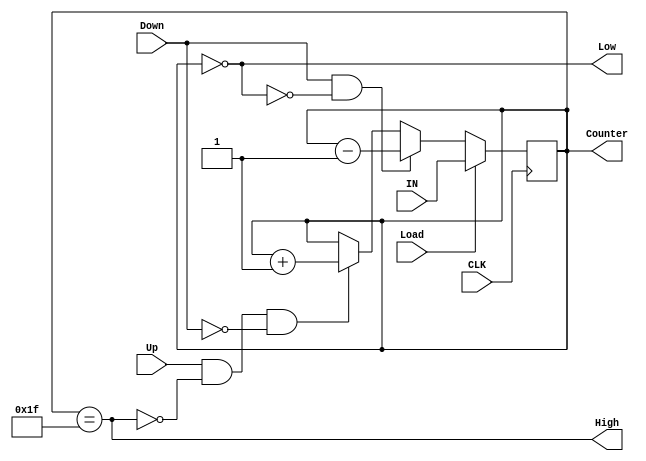
module Up_Dn_Counter( 
  input wire [4:0] IN,
  input wire       Load,
  input wire       Down,Up,
  input wire       CLK,
  output reg [4:0] Counter,
  output wire       Low,
  output wire       High  );
  
  always @(posedge CLK)
   begin 
     if(Load)
       Counter <= IN;
     else 
       begin
          if(Down && !Low) // counter Value != zero
            Counter <= Counter - 5'b00001;
          else if(Up && !High && !Down) // counter value didnt reach the max value while down signal is low 
            Counter <= Counter + 5'b00001;
          else
            Counter<=Counter;
       end // seq always block is a storing element so no need to write "else maintain the counter value"
    end
    
  assign Low =(Counter == 5'b00000);
  assign High=(Counter == 5'b11111);  
  
  
endmodule